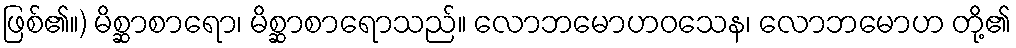
ဖြစ်၏။) မိစ္ဆာစာရော၊ မိစ္ဆာစာရောသည်။ လောဘမောဟဝသေန၊ လောဘမောဟ တို့၏